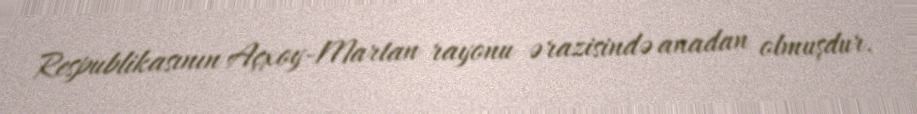
Respublikasının Açxoy-Martan rayonu ərazisində anadan olmuşdur.